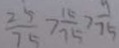
\frac { 2 5 } { 7 5 } > \frac { 1 5 } { 7 5 } > \frac { 9 } { 7 5 }